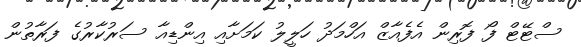
ސްޓޭޓް ފޯ ފޮރިން އެފެއާޒް އަހްމަދު ހަލީލު ކަމަށާއި އިންޑިއާ ސަރުކާރުގެ ފަރާތުން